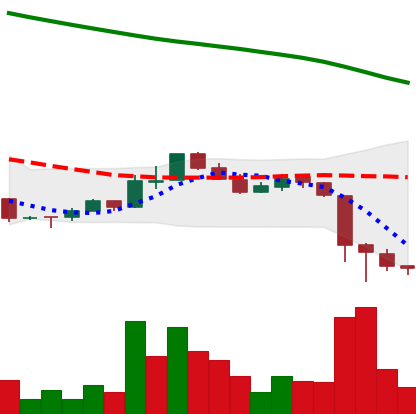
Ticker: ADA-USD
Chart end date: 2018-11-17
Forward return: -27.062%
Label: down_7plus